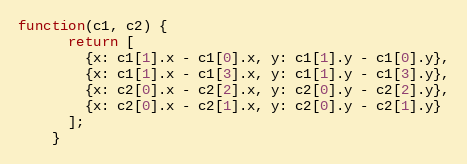
Language: JavaScript
function(c1, c2) {
      return [
        {x: c1[1].x - c1[0].x, y: c1[1].y - c1[0].y},
        {x: c1[1].x - c1[3].x, y: c1[1].y - c1[3].y},
        {x: c2[0].x - c2[2].x, y: c2[0].y - c2[2].y},
        {x: c2[0].x - c2[1].x, y: c2[0].y - c2[1].y}
      ];
    }